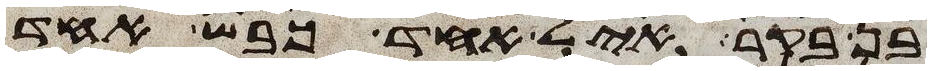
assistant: בן בקר איל אחד כבש אחד